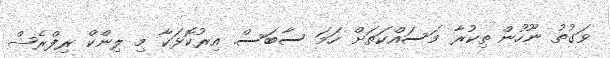
ވަގުތު ނޫހުން ތިކުރާ މަސައްކަތަށް ހަމަ ސާބަސް. އިރުކޮޅަކާ މި ލިންކް ރިފްރެޝް